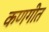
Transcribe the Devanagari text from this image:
कणगीत